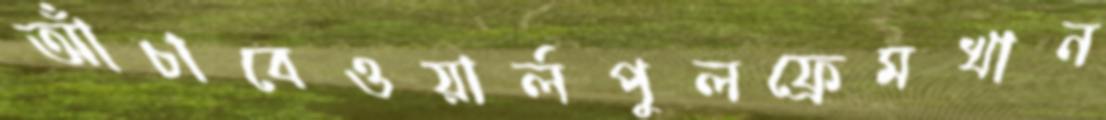
আঁচাবেওয়ার্লপুলফ্রেমখান